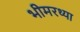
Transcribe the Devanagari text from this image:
भीमरथ्या